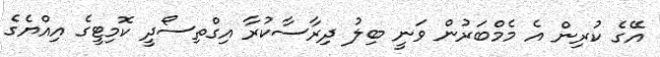
އޭގެ ކުރިން އެ މެމްބަރުން ވަނީ ބިލު ދިރާސާކުރާ އިގްތިސޯދީ ކޮމިޓީގެ އިއްޔެގެ